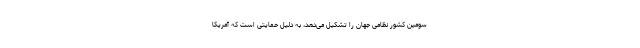
سومین کشور نظامی جهان را تشکیل می‌دهد، به دلیل حمایتی است که آمریکا